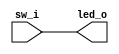
`timescale 1ns / 1ps
//////////////////////////////////////////////////////////////////////////////////
// Company: 
// Engineer: 
// 
// Design Name: 
// Module Name: test
// Project Name: 
// Target Devices: 
// Tool Versions: 
// Description: 
// 
// Dependencies: 
// 
// Revision:
// Revision 0.01 - File Created
// Additional Comments:
// 
//////////////////////////////////////////////////////////////////////////////////



module test(
    input  [6:0] sw_i,
    output [6:0] led_o
    );
    
    assign led_o = sw_i;
endmodule